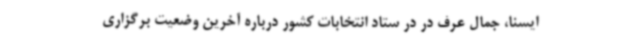
ایسنا، جمال عرف در در ستاد انتخابات کشور درباره آخرین وضعیت برگزاری